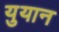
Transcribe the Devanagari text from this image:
युयान